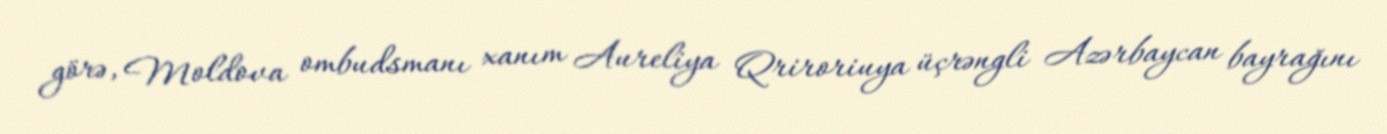
görə, Moldova ombudsmanı xanım Aureliya Qriroriuya üçrəngli Azərbaycan bayrağını